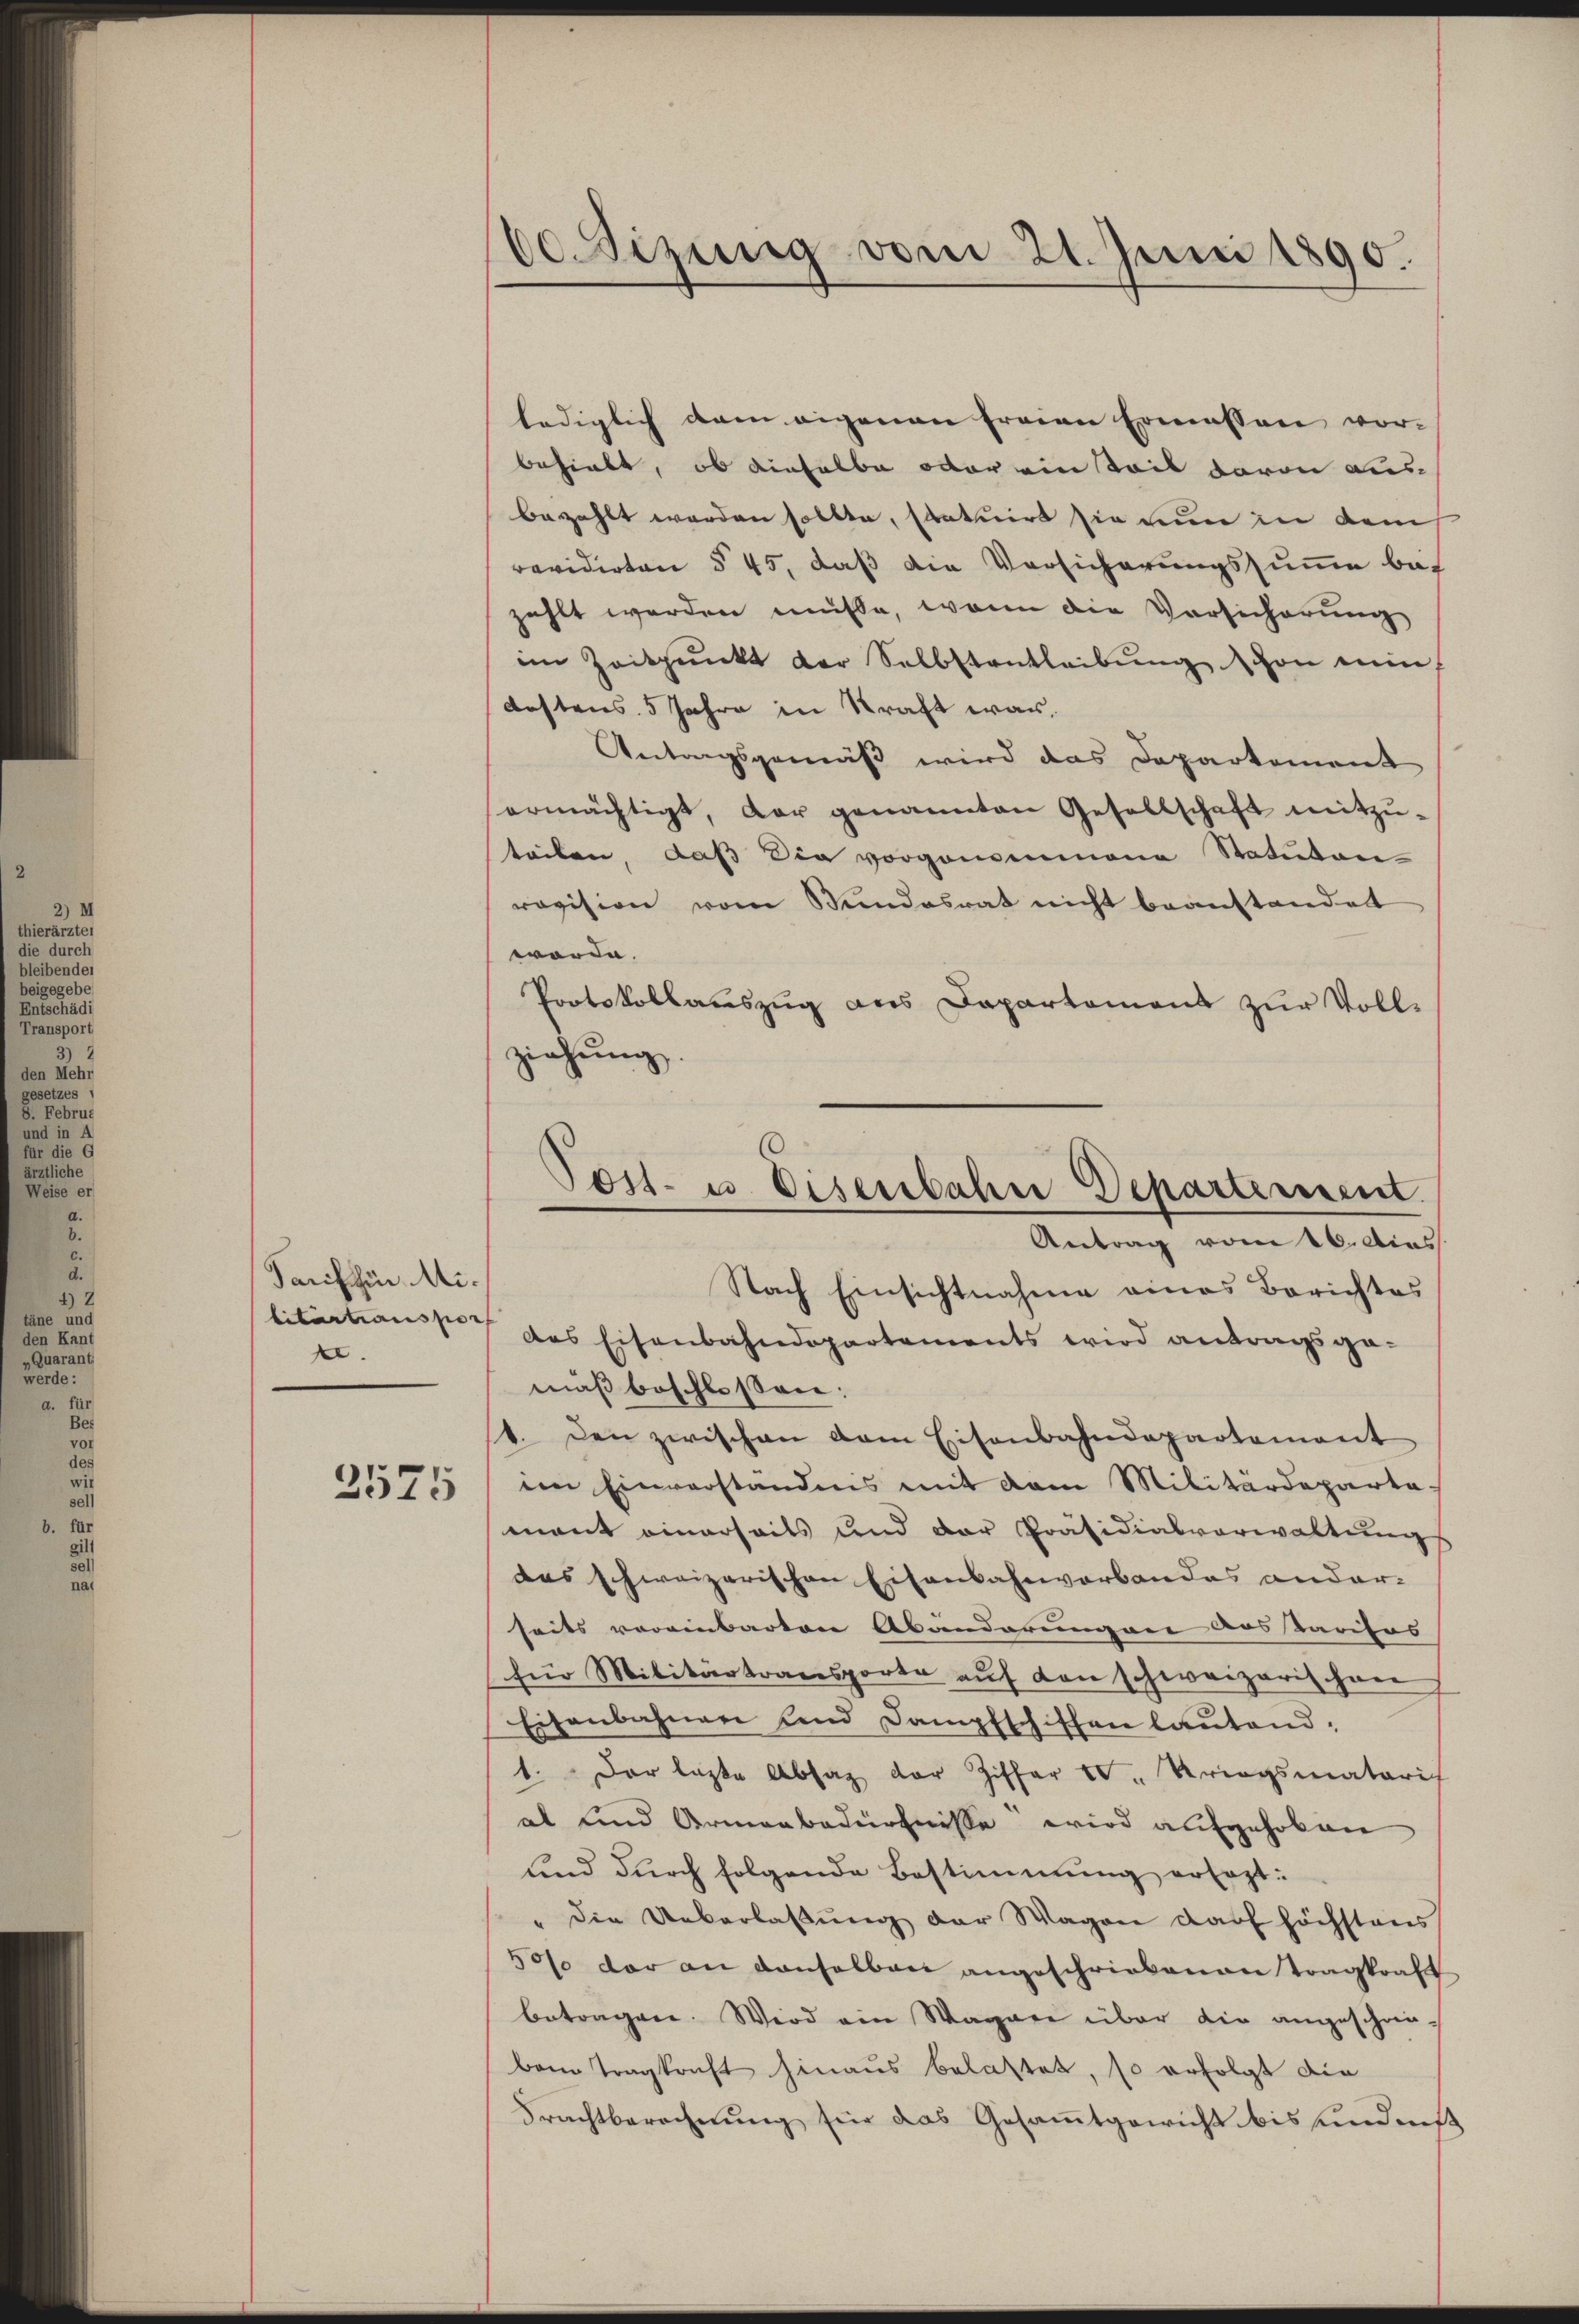
be
u

u

Quarant.
werde:
a. für

Tariften Militartianspor
.
2575

60 Sizung vom 21. Juni 1890.

lediglich dem eigenen freien Ermessen vor-
behielt, ob dieselbe oder einteil davon aus-
bezahlt werden sollte, statuirt sie nun in dem
revidirten § 45, daß die Vorsicherungssumme bef
zahlt werden müsse, wenn die Vorsicherung
im Zeitpunkt der Selbstantleibŭng von ein
destens 5 Jahre in Kraft war.
Antragsgemäß wird das Departement
ermächtigt, der genannten Gesellschaft mitzŭ-
teilen, daß die vorgenommene Statuten
ravision vom Bundesrat nicht beanstandet
worde.
Protokollauszug aus Dapartamens zur Vollziehung.
des Eisenbahndepartements wird antragsge-
mäß beschlossen:
1. Den zwischen dem Eisenbahndepartement
im Einverständnis mit dem Militärdeparta
mant einerseits und der Präsidialverwaltungs
das schweizerischen Eisenbahnverbandes andar-
seits voreinbarten Abänderung an des Tarifos
für Militärtransporte auf den schweizerischen
Eisenbahnen und Dampfschiffen lautend,
1. Der lezte Absatz der Ziffer IV Kriegsmaterich
al und Armenbedürfnisse wird aufgehoben
und durch folgende Bestimmung ersezt:
" die Ueberlaβŭng der Wagen darf höchstens
5% der an denselben angeschriebenen Tragkraft
betragen. Wird ein Wagen über die angeschriebein Tragkraft hinaus belastet, so erfolgt die
Frachtberechnung für das Gesamtgewicht bis undniß

Post- u. Eisenbahne Departement.
Antrag vom 16. dies
Nach Einsichtnahme eines Berichtes